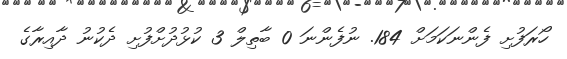
ހޯރަފުށި ފެންނަކަމަށް 184. ނުފެންނަ 0 ބާތިލް 3 ކުޅުދުށްފުށި ދެކުނު ދާއިރާގެ